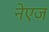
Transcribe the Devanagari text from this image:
नेएज